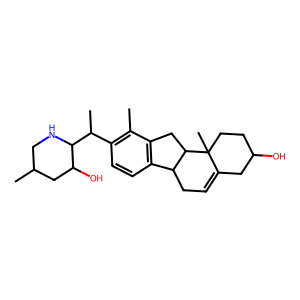
SMILES: Cc1c(C(C)C2NCC(C)CC2O)ccc2c1CC1C2CC=C2CC(O)CCC21C
Inhibits HIV replication: No